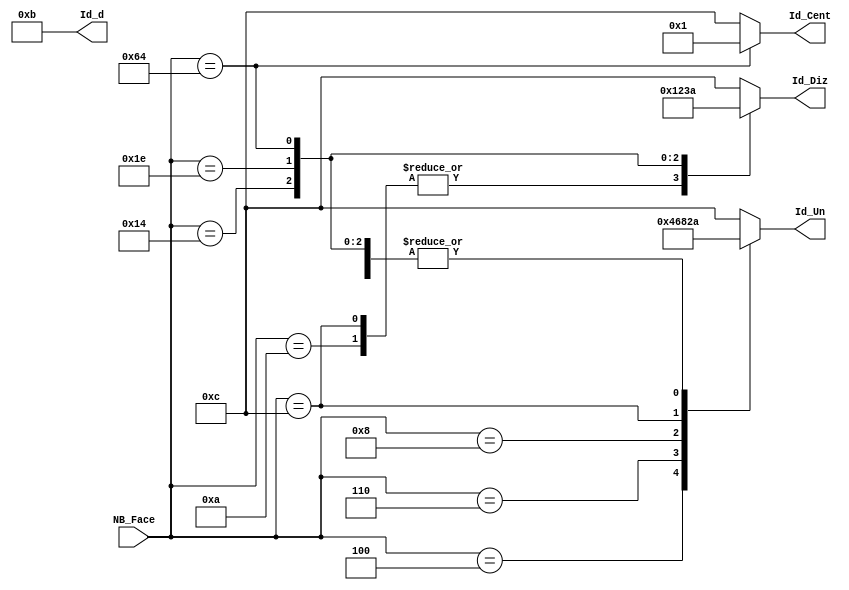
module Trans_Aff_CH(NB_Face, Id_Un, Id_Diz, Id_Cent, Id_d);

input[6:0] NB_Face;

output[3:0] Id_Un;
output[3:0] Id_Diz;
output[3:0] Id_Cent;
output[3:0] Id_d;

reg[3:0] Id_Un;
reg[3:0] Id_Diz;
reg[3:0] Id_Cent;
reg[3:0] Id_d;

always@(NB_Face)


begin
		case (NB_Face)
			
				4:   		begin
								Id_Un   <= 4;
								Id_Diz  <= 12;
								Id_Cent <= 12;
								Id_d <= 11;
							end
						  
				6:   		begin
								Id_Un   <= 6;
								Id_Diz  <= 12;
								Id_Cent <= 12;
								Id_d <= 11;
							end
							
				8:   		begin
								Id_Un   <= 8;
								Id_Diz  <= 12;
								Id_Cent <= 12;
								Id_d <= 11;
							end
							
							
						
				10:  		begin
								Id_Un   <= 10;
								Id_Diz  <= 1;
								Id_Cent <= 12;
								Id_d <= 11;
							end
							
				12:  		begin
								Id_Un   <= 2;
								Id_Diz  <= 1;
								Id_Cent <= 12;
								Id_d <= 11;
						   end
							
				20:  		begin
								Id_Un   <= 10;
								Id_Diz  <= 2;
								Id_Cent <= 12;
								Id_d <= 11;
							end
							
				30:  		begin
								Id_Un   <= 10;
								Id_Diz  <= 3;
								Id_Cent <= 12;
								Id_d <= 11;
							end
							
				100: 		begin
								Id_Un  <= 10;
								Id_Diz  <= 10;
								Id_Cent <= 1;
								Id_d <= 11;
							end
							
				default: begin
								Id_Un   <= 12;
								Id_Diz  <= 12;
								Id_Cent <= 12;
								Id_d <= 11;
							end
		endcase
	end

endmodule